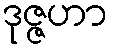
ဒုဇ္ဇဟာ